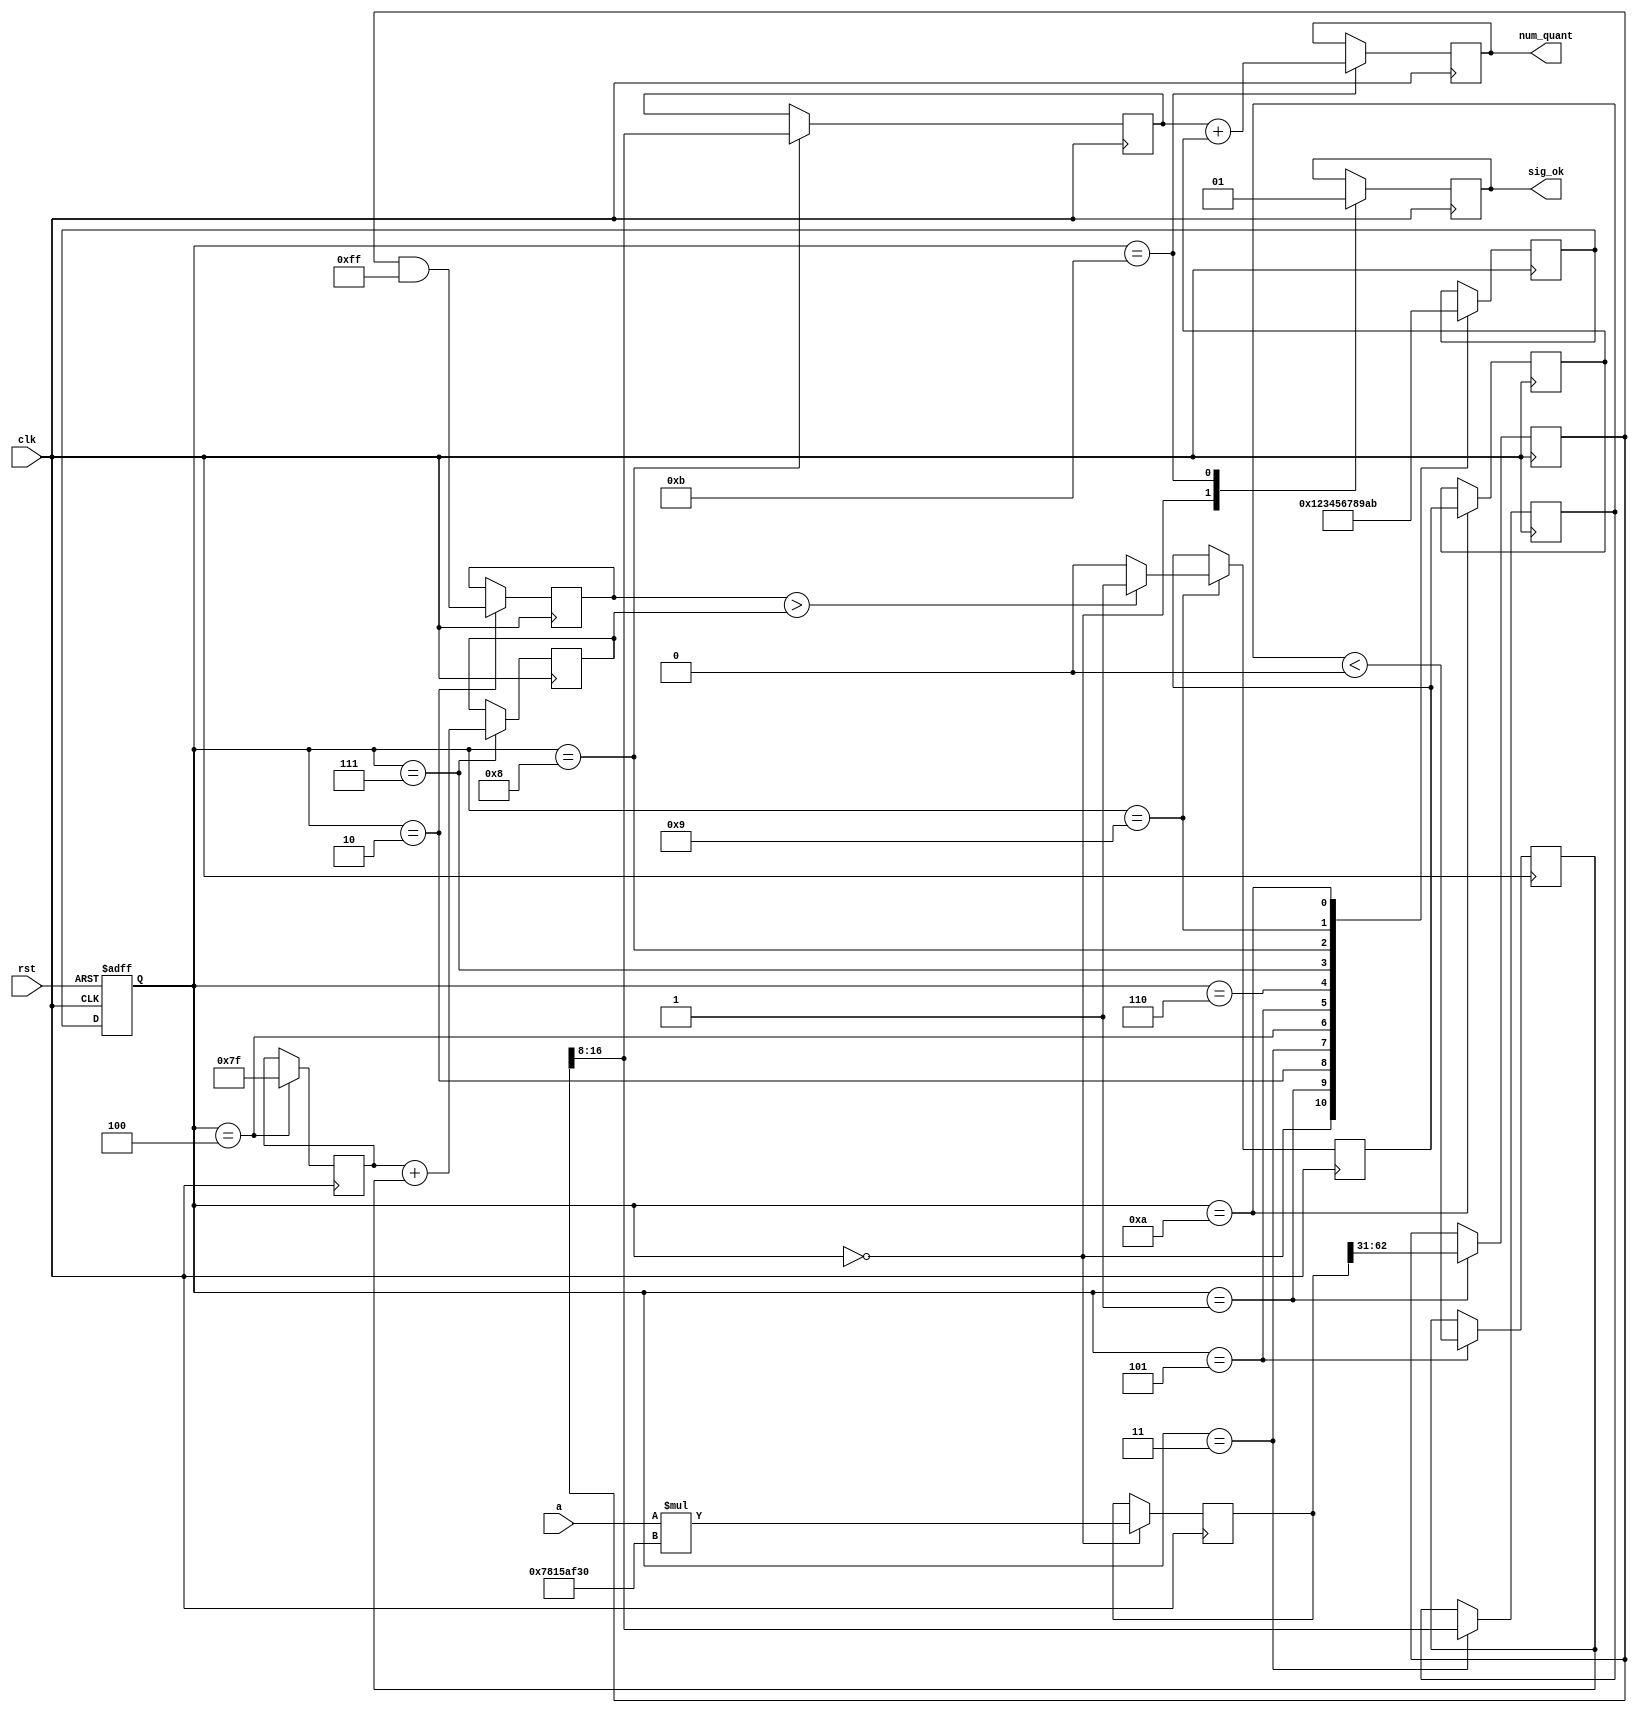
`timescale 1ns / 1ps
//////////////////////////////////////////////////////////////////////////////////
// Company: 
// Engineer: 
// 
// Design Name: 
// Module Name: quantization
// Project Name: 
// Target Devices: 
// Tool Versions: 
// Description: 
// 
// Dependencies: 
// 
// Revision:
// Revision 0.01 - File Created
// Additional Comments:
// 
//////////////////////////////////////////////////////////////////////////////////



module quantization
#(
//quantization
parameter s0 = 4'b0000, s1 = 4'b0001, s2 = 4'b0010, s3 = 4'b0011, s4 = 4'b0100,
parameter s5 = 4'b0101, s6 = 4'b0110, s7 = 4'b0111, s8 = 4'b1000, s9 = 4'b1001,
parameter s10 = 4'b1010, s11 = 4'b1011, s12 = 4'b1100, s13 = 4'b1101, s14 = 4'b1110,
//parameter q = 64'd2014687024, //q = 31'b1111000000101011010111100110000
parameter q = 63'd2014687024, //q = 31'b1111000000101011010111100110000
parameter mask = 8'd255,
parameter zero = 1'd0,
parameter one = 1'd1,
parameter offset_ent = 6,
parameter offset_sor = -1
)
(
    input clk,
    input rst,
    input [63:0] a,
    output [8:0] num_quant,
    output sig_ok    
);

    
    reg [3:0] present_state, next_state;
    wire clk_1s;
    
    //reg [64:0] a;  
    reg [63:0] result1;
    reg [31:0] result2;
    reg [8:0]  result3;
    reg [8:0]  result4;
    reg [31:0] remainder;
    reg [8:0] thld1;
    reg thld2;
    //reg thld3;
    reg [8:0] threshold;
    reg [8:0] res1;
    //reg [8:0] res2;
    reg res2;
    reg res3;
    reg [8:0] res4;
    reg ok = 0;                

    always @(negedge clk or posedge rst) //Present estate //always @(clk) //Present estate 
    begin
        if(rst)
        begin
            present_state <= s0;
            
        end
        else
        begin
            present_state <= next_state;
        end         
    end  

    always @(negedge clk)  //always @(*)
    begin
        case(present_state)
            s0:
                next_state <= s1;
            s1:
                next_state <= s2;
            s2:
                next_state <= s3;
            s3:
                next_state <= s4;
            s4:
                next_state <= s5;
            s5:
                next_state <= s6;
            s6:
                next_state <= s7;
            s7:
                next_state <= s8;  
            s8:
                next_state <= s9;
            s9:
                next_state <= s10;
            s10:
                next_state <= s11;                                                                                        
        endcase                
    end

    //===================    
    // Output logic
    //===================     
    always @(negedge clk) begin  // always @ (posedge clk) begin
      case (present_state)
        s0: 
        begin
            //led <= 4'b0000;
            result1 <= a*q;
            ok <= 0;  
        end
        s1:
        begin    
            //led <= 4'b0001;
            result2 <= result1 >>> 31;
        end
        s2:
        begin
            //led <= 4'b0010;
            remainder <= result2 & mask;
        end
        s3:
        begin
            //led <= 4'b0011;
            result3 <= result2 >>> 8;
        end
        s4:
        begin
            //led <= 4'b0100;
            thld1 <= mask >>> 1;//ShiftRight(mask, 1)
        end
        s5:
        begin
            //led <= 4'b0101;
            thld2 <= ($signed(result3) < $signed(zero)); //MaskIfLessThan(x, zero)
        end
        s6:
        begin
            //led <= 4'b0110;
           // thld3 <= thld2 & 1; //BitAnd(MaskIfLessThan(x, zero), one))
        end
        s7:
        begin
            //led <= 4'b0111;
            threshold <= thld1 + thld2; //Add(ShiftRight(mask, 1), BitAnd(MaskIfLessThan(x, zero), one));
        end    
        s8:
        begin
            //led <= 4'b1000;
            res1 <= result2 >>> 8; //ShiftRight(x, exponent)
        end
        s9:
        begin 
            //led <= 4'b1001;
            if($signed(remainder) > $signed(threshold))
            begin
                res2 <= -1'd1;
            end
            else begin
                res2 <= -1'd0;
            end              
        end
        s10:
        begin
            res3 <= res2 & one; //BitAnd( MaskIfGreaterThan(remainder, threshold), one ) 
            
        end
        s11:
        begin
            result4 <= res1 + res3; //Add( ShiftRight(x, exponent),BitAnd( MaskIfGreaterThan(remainder, threshold), one ) ); 
          ok <= 1; 
        end
      endcase 
    end 

    assign num_quant = result4;
    assign sig_ok = ok;

endmodule